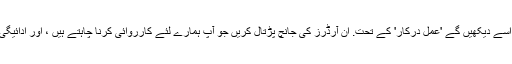
جب آپ آرڈرز کی درآمد مکمل کرلیں گے ، آپ اسے دیکھیں گے 'عمل درکار' کے تحت. ان آرڈرز کی جانچ پڑتال کریں جو آپ ہمارے لئے کارروائی کرنا چاہتے ہیں ، اور ادائیگی کے ل '' ٹوکری میں شامل کریں 'پر کلک کریں۔